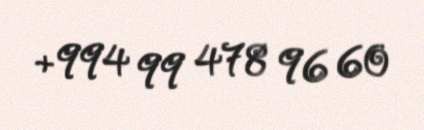
+994 99 478 96 60